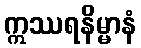
ဣဿရနိမ္မာနံ